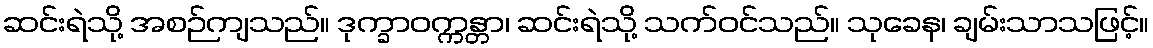
ဆင်းရဲသို့ အစဉ်ကျသည်။ ဒုက္ခာဝက္ကန္တာ၊ ဆင်းရဲသို့ သက်ဝင်သည်။ သုခေန၊ ချမ်းသာသဖြင့်။